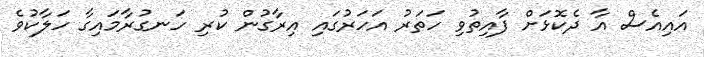
އައިއެސް އާ ދެކޮޅަށް ފާއިތުވި ހަތަރު އަހަރުގައި އިރާގުން ކުރި ހަނގުރާމައިގާ ހަލާކުވެ